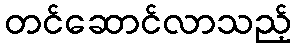
တင်ဆောင်လာသည့်